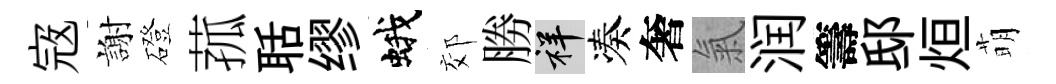
𡨥謝磴菰聒缪蛾郊勝祥凑奢氣润籌邸烜萌